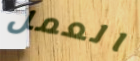
العمل